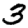
Digit: 3